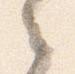
之